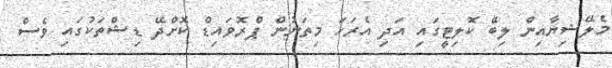
މެލޭޝިޔާއިން ލިބޭ ކޮލިޓީގައި އަދި އެރަހަ މިތަނުން ޕްރޮވައިޑް ކޮށްދޭ ޑިޝްތަކުގައި ވެސް